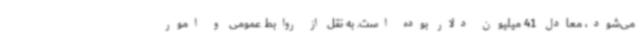
می‌شود، معادل 41 میلیون دلار بوده است. به نقل از روابط عمومی و امور